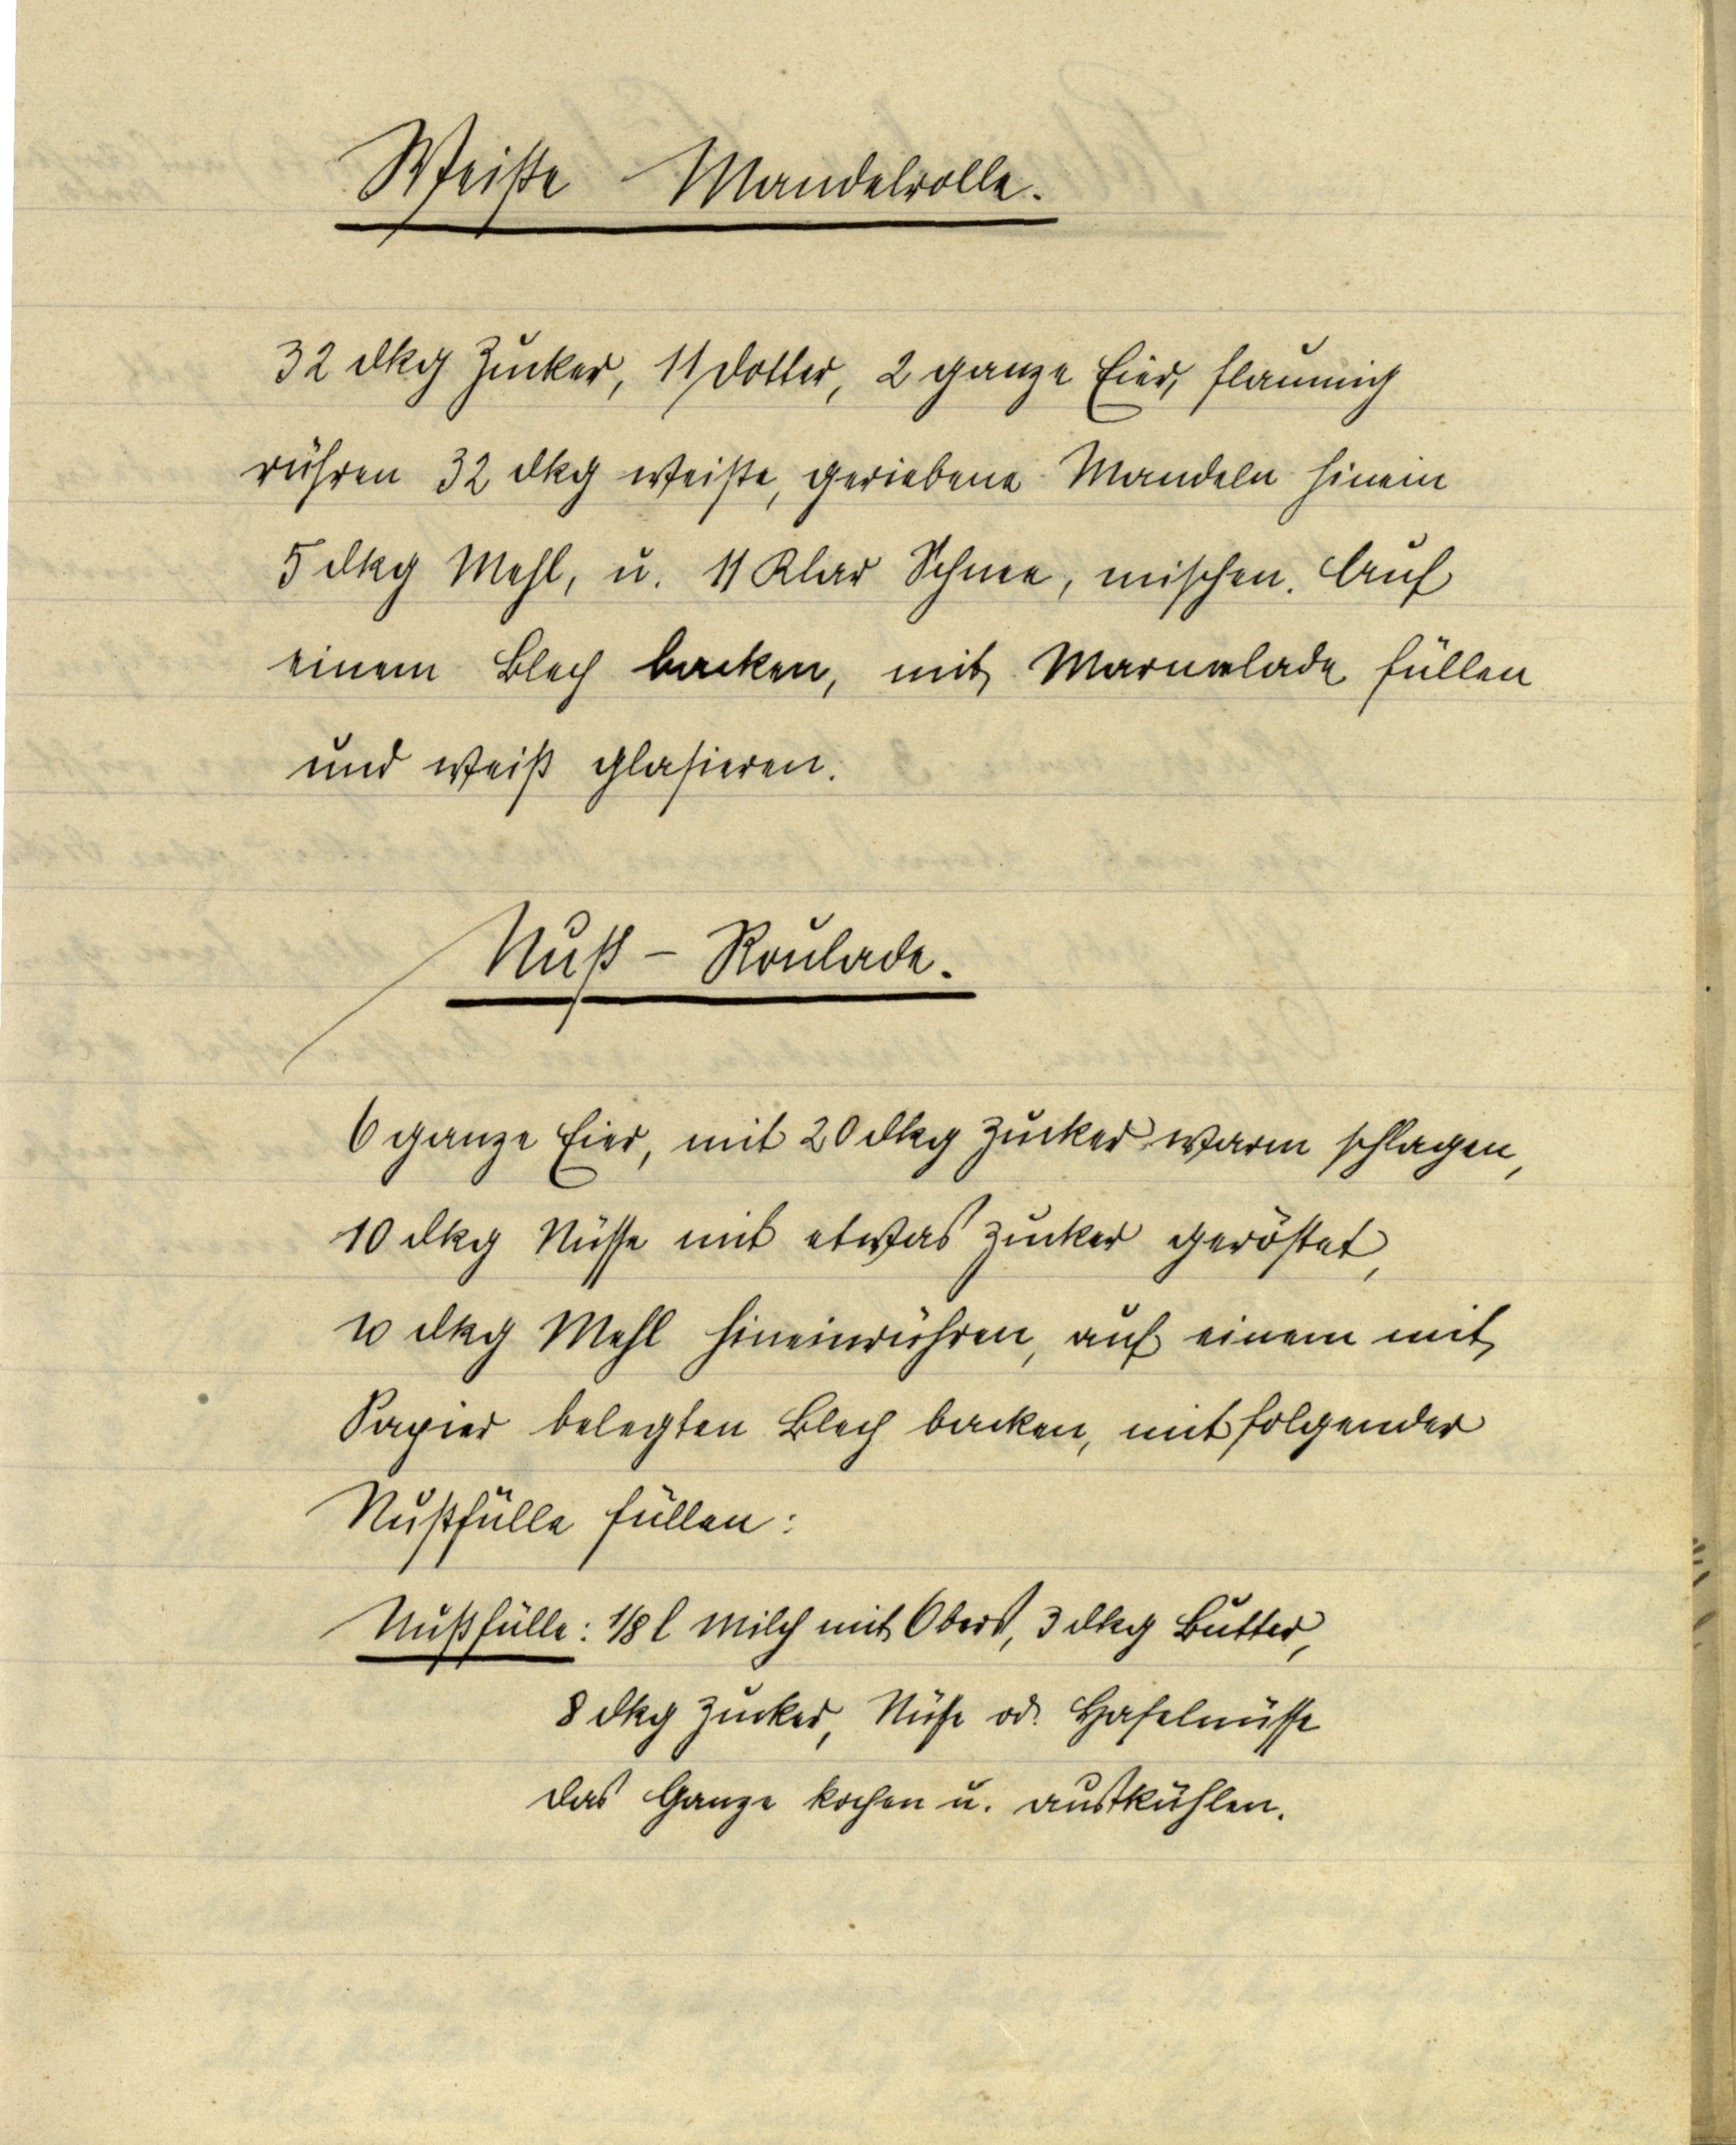
Weiße Mandelrolle.

32 dkg Zucker, 11 Dotter, 2 ganze Eier, flaumig
rühren 32 dkg weiße, geriebene Mandeln hinein
5 dkg Mehl, u. 11 Klar Schnee, mischen. Auf
einem Blech backen, mit Marmelade füllen
und weiß glasieren.

Nuß — Roulade.

6 ganze Eier, mit 20 dkg Zucker warm schlagen,
10 dkg Nüsse mit etwas Zucker geröstet,
10 dkg Mehl hineinrühren, auf einem mit
Papier belegten Blech backen, mit folgender
Nußfülle füllen:
Nußfülle: ⅛ l Milch mit Obers, 3 dkg Butter,
8 dkg Zucker, Nüsse od. Haselnüsse
das Ganze kochen u. auskühlen.